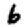
Digit: 6